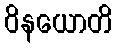
ဝိနယောတိ